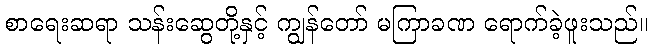
စာရေးဆရာ သန်းဆွေတို့နှင့် ကျွန်တော် မကြာခဏ ရောက်ခဲ့ဖူးသည်။